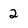
Character: 2